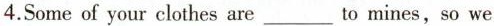
4.Some of your clothes are___to mines,so we